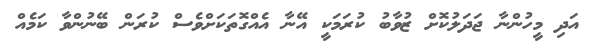
އަދި މީހުންނާ ޖަދަލުކޮށް ޒުވާބު ކުރަމަކީ އޭނާ އެއްގޮތަކަށްވެސް ކުރަން ބޭނުންވާ ކަމެއް